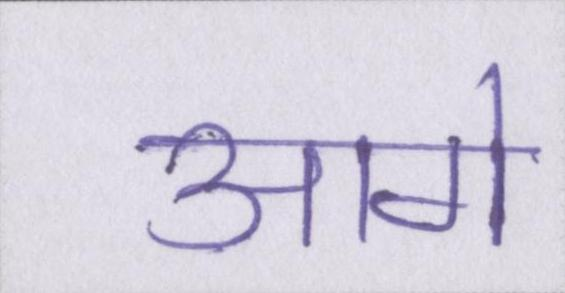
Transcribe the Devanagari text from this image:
आगे